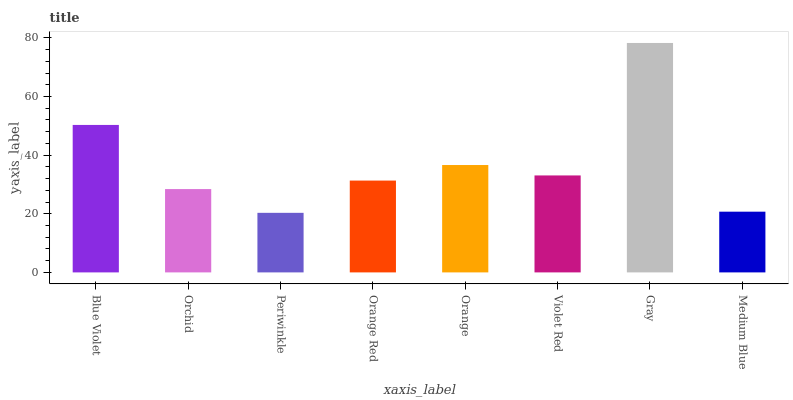
| xaxis_label | bars |
 | --- | --- |
 | Blue Violet | 50.3 |
 | Orchid | 28.4 |
 | Periwinkle | 20.3 |
 | Orange Red | 31.3 |
 | Orange | 36.6 |
 | Violet Red | 33.1 |
 | Gray | 78.3 |
 | Medium Blue | 20.7 |